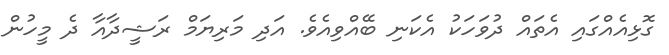
ގޮޅިއެއްގައި އެތައް ދުވަަހަކު އެކަނި ބޭއްވިއެވެ. އަދި މަރިޔަމް ރަޝީދާއާ ދެ މީހުން